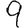
Digit: 9